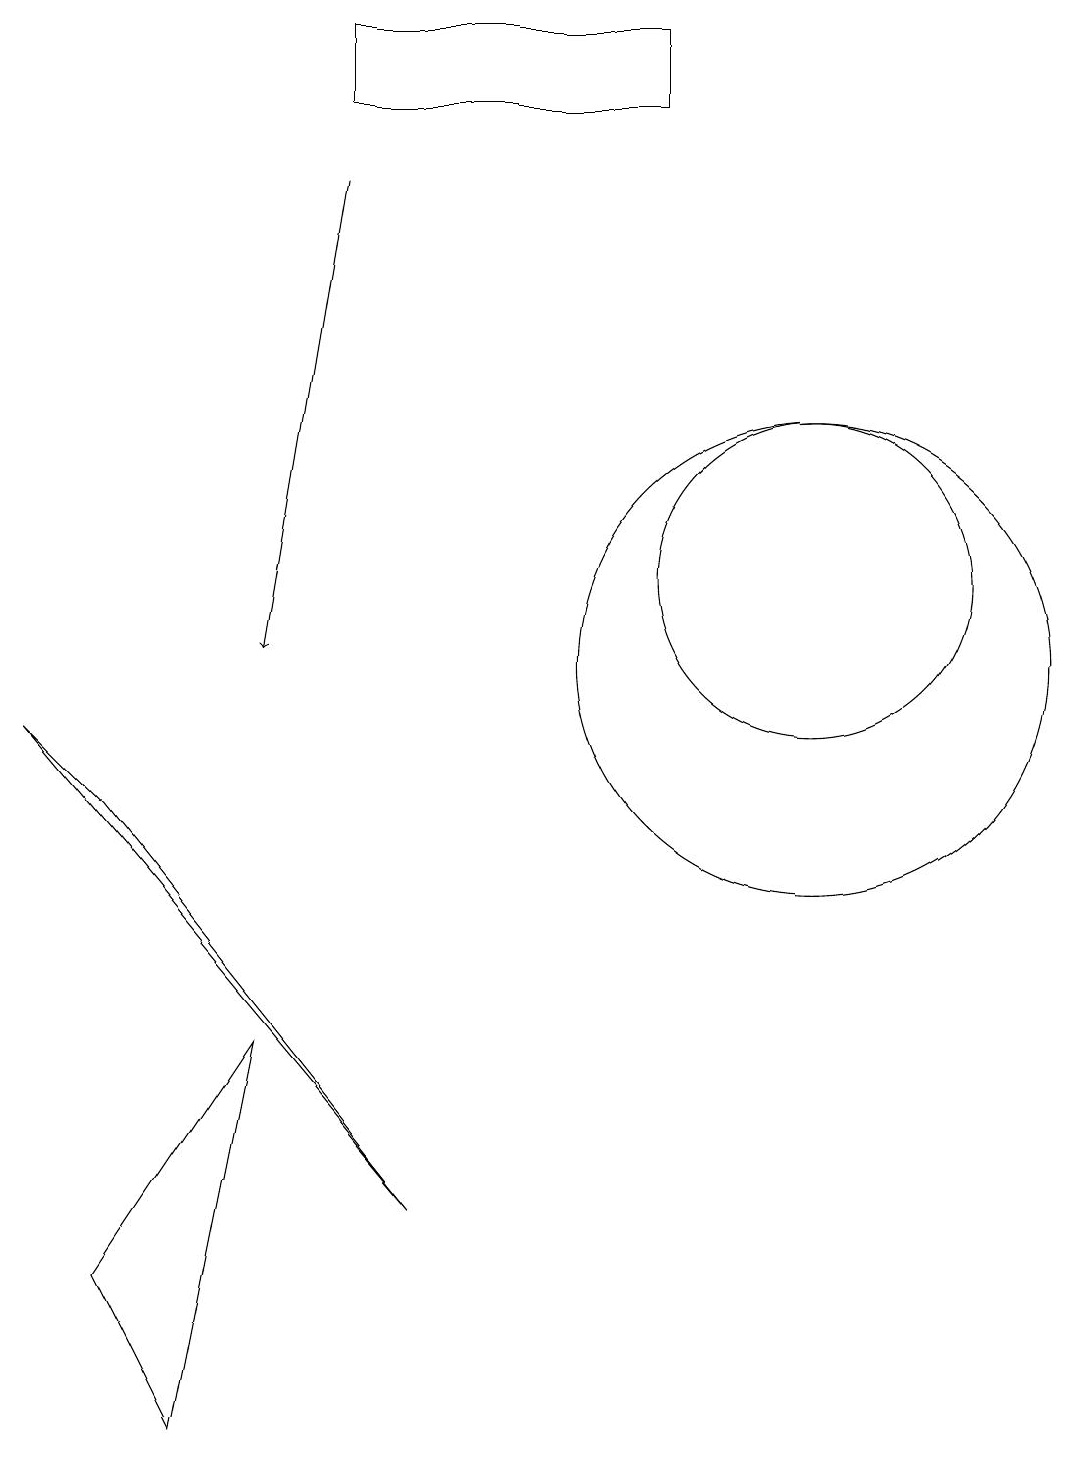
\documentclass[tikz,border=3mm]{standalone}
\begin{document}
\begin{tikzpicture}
\draw[->] (5,16) -- (4,10);
\draw (3,0) -- (2,2) -- (4,5) -- cycle;
\draw (10,11) circle (0);
\draw (11,11) circle (2);
\draw (9,17) rectangle (5,18);
\draw (2,8) -- (1,9) -- (6,3) -- cycle;
\draw (11,10) circle (3);
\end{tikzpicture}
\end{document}